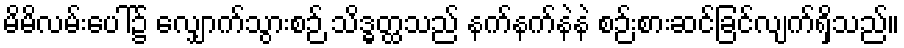
မိမိလမ်းပေါ်၌ လျှောက်သွားစဉ် သိဒ္ဓတ္ထသည် နက်နက်နဲနဲ စဉ်းစားဆင်ခြင်လျက်ရှိသည်။